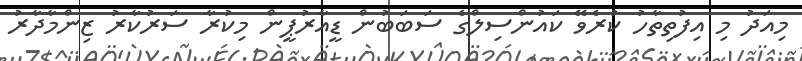
މިއަދު މި އިފުތިތާހު ކުރެވޭ ކައުންސިލްގެ ސަބަބުން ޑީއާރުޕީން މިކުރާ ސަރުކާރު ޒިންމާދާރު